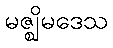
မဇ္ဈိမဒေသ